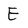
Character: E